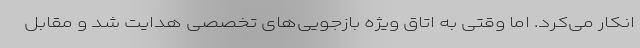
انکار می‌کرد. اما وقتی به اتاق ویژه بازجویی‌های تخصصی هدایت شد و مقابل